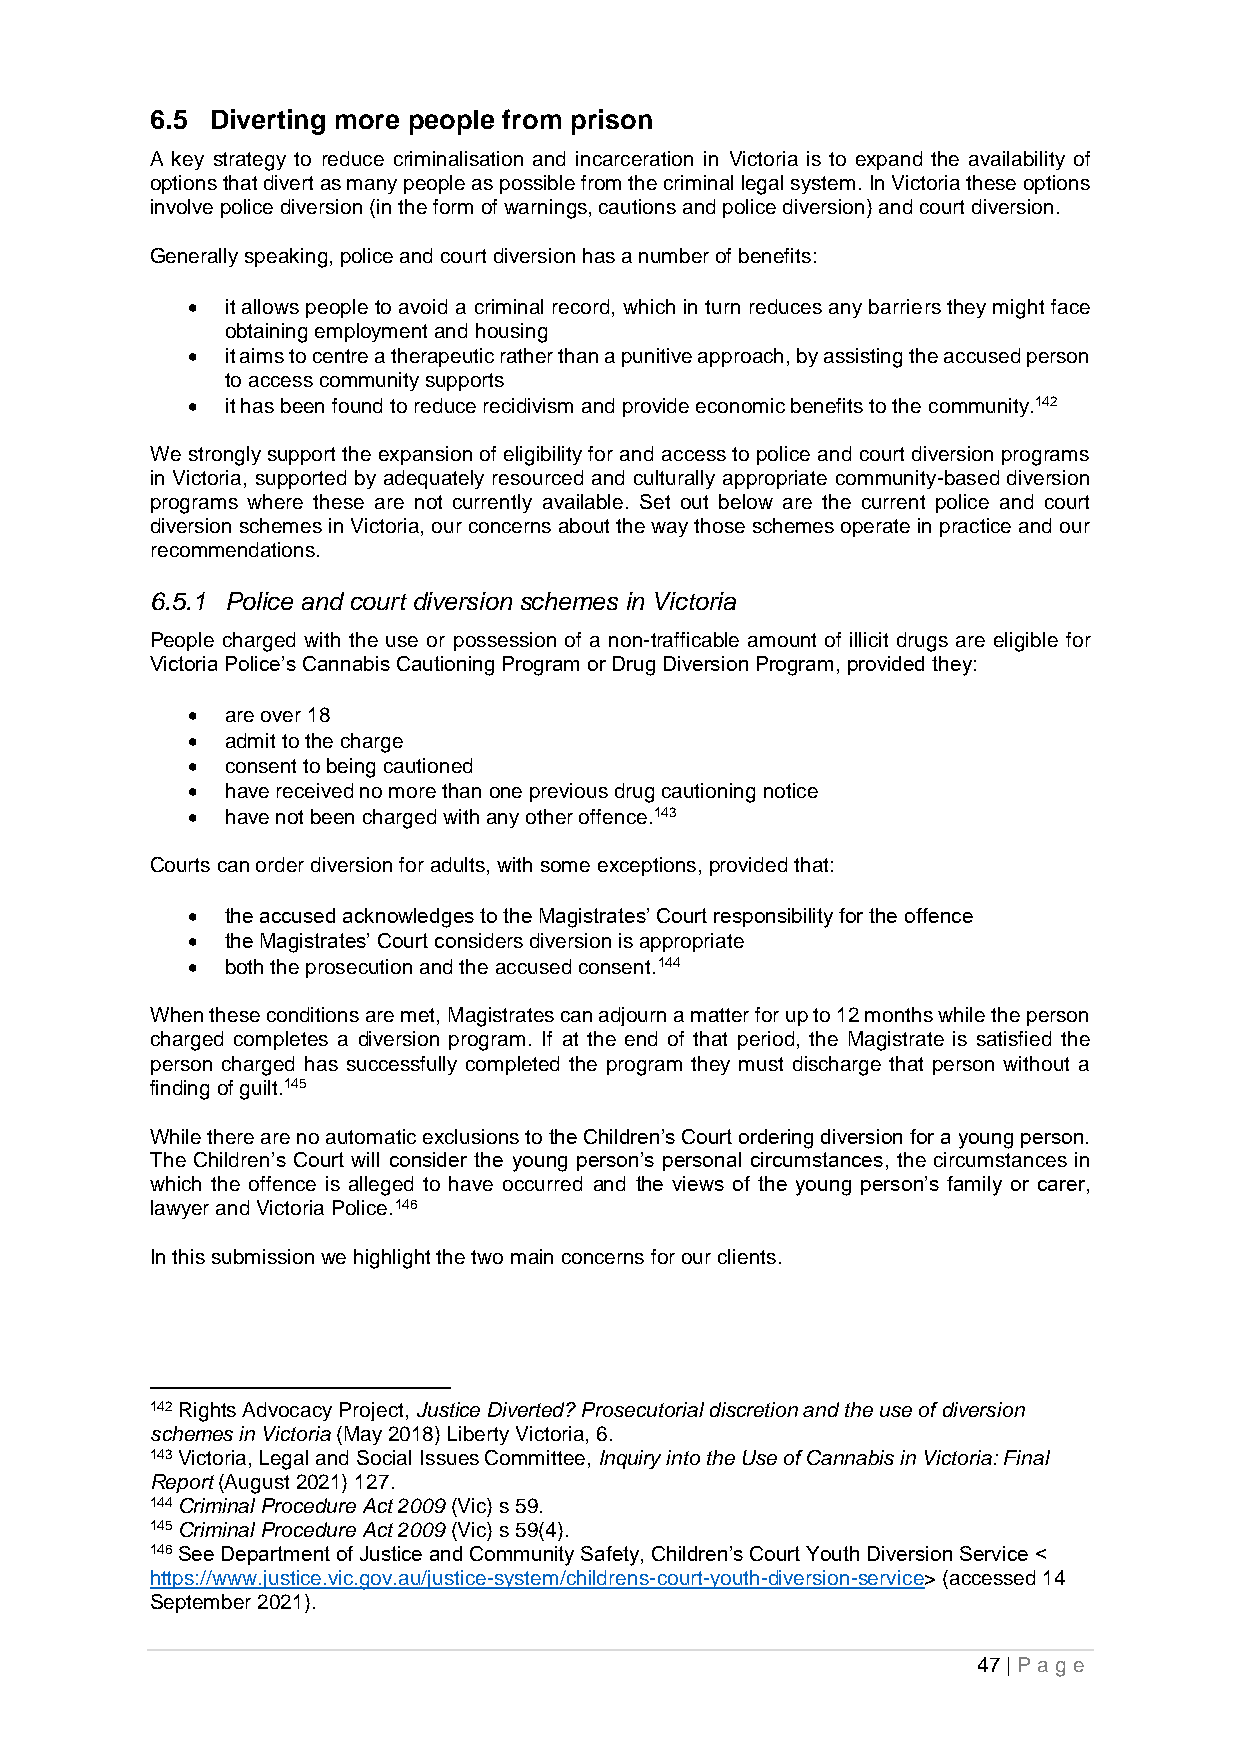
6.5 Diverting more people from prison
 A key strategy to reduce criminalisation and incarceration in Victoria is to expand the availability of
 options that divert as many people as possible from the criminal legal system. In Victoria these options
 involve police diversion (in the form of warnings, cautions and police diversion) and court diversion.
 Generally speaking, police and court diversion has a number of benefits:
 •  it allows people to avoid a criminal record, which in turn reduces any barriers they might face
 obtaining employment and housing
 •  it aims to centre a therapeutic rather than a punitive approach, by assisting the accused person
 to access community supports
 •  it has been found to reduce recidivism and provide economic benefits to the community.142
 We strongly support the expansion of eligibility for and access to police and court diversion programs
 in Victoria, supported by adequately resourced and culturally appropriate community-based diversion
 programs where these are not currently available. Set out below are the current police and court
 diversion schemes in Victoria, our concerns about the way those schemes operate in practice and our
 recommendations.
 6.5.1 Police and court diversion schemes in Victoria
 People charged with the use or possession of a non-trafficable amount of illicit drugs are eligible for
 Victoria Police’s Cannabis Cautioning Program or Drug Diversion Program, provided they:
 •  are over 18
 •  admit to the charge
 •  consent to being cautioned
 •  have received no more than one previous drug cautioning notice
 •  have not been charged with any other offence.143
 Courts can order diversion for adults, with some exceptions, provided that:
 •  the accused acknowledges to the Magistrates’ Court responsibility for the offence
 •  the Magistrates’ Court considers diversion is appropriate
 •  both the prosecution and the accused consent.144
 When these conditions are met, Magistrates can adjourn a matter for up to 12 months while the person
 charged completes a diversion program. If at the end of that period, the Magistrate is satisfied the
 person charged has successfully completed the program they must discharge that person without a
 finding of guilt.145
 While there are no automatic exclusions to the Children’s Court ordering diversion for a young person.
 The Children’s Court will consider the young person’s personal circumstances, the circumstances in
 which the offence is alleged to have occurred and the views of the young person’s family or carer,
 lawyer and Victoria Police.146
 In this submission we highlight the two main concerns for our clients.
 142 Rights Advocacy Project, Justice Diverted? Prosecutorial discretion and the use of diversion
 schemes in Victoria (May 2018) Liberty Victoria, 6.
 143 Victoria, Legal and Social Issues Committee, Inquiry into the Use of Cannabis in Victoria: Final
 Report (August 2021) 127.
 144 Criminal Procedure Act 2009 (Vic) s 59.
 145 Criminal Procedure Act 2009 (Vic) s 59(4).
 146 See Department of Justice and Community Safety, Children’s Court Youth Diversion Service <
 https://www.justice.vic.gov.au/justice-system/childrens-court-youth-diversion-service> (accessed 14
 September 2021).
 47 | P age